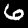
Digit: 6